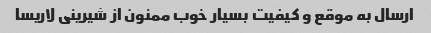
ارسال به موقع و کیفیت بسیار خوب ممنون از شیرینی لاریسا